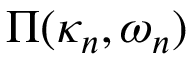
\boldsymbol { \Pi } ( \kappa _ { n } , \omega _ { n } )